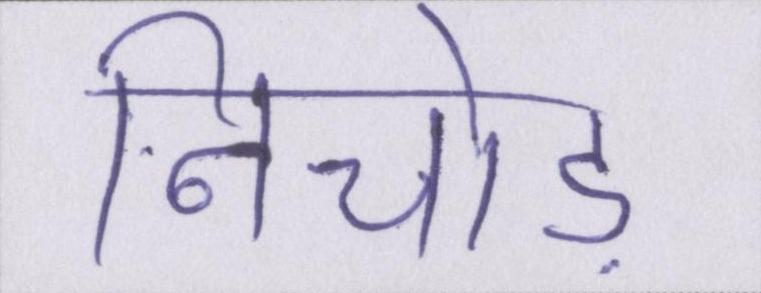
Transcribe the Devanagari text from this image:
निचोड़